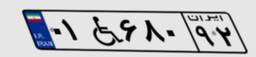
۲۷W۷۶۰۰۸